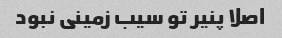
اصلا پنیر تو سیب زمینی نبود